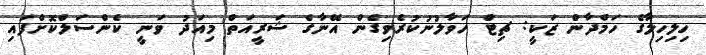
ހިލިހިލާގެ ހަމްދާން ޒަކީ: ޗިޓް ހަވާލުނުކުރެވިގެން އޭނާގެ ޝަރީއަތް މިއަދު ވަނީ ކެންސަލްކޮށްފައި